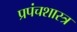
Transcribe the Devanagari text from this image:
प्रपंचशास्त्र